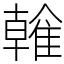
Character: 雗